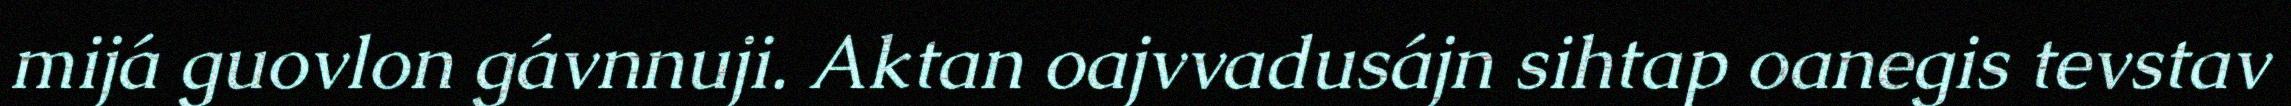
mijá guovlon gávnnuji. Aktan oajvvadusájn sihtap oanegis tevstav